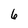
Character: 6